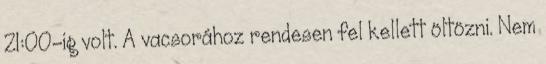
21:00-ig volt. A vacsorához rendesen fel kellett öltözni. Nem